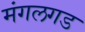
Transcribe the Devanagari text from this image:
मंगलगड